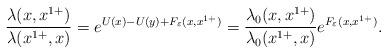
LaTeX: \begin{align*}\frac{\lambda(x,x^{1+})}{\lambda(x^{1+},x)}=e^{U(x)-U(y)+F_\varepsilon(x,x^{1+})}=\frac{\lambda_0(x,x^{1+})}{\lambda_0(x^{1+},x)}e^{F_\varepsilon(x,x^{1+})}.\end{align*}